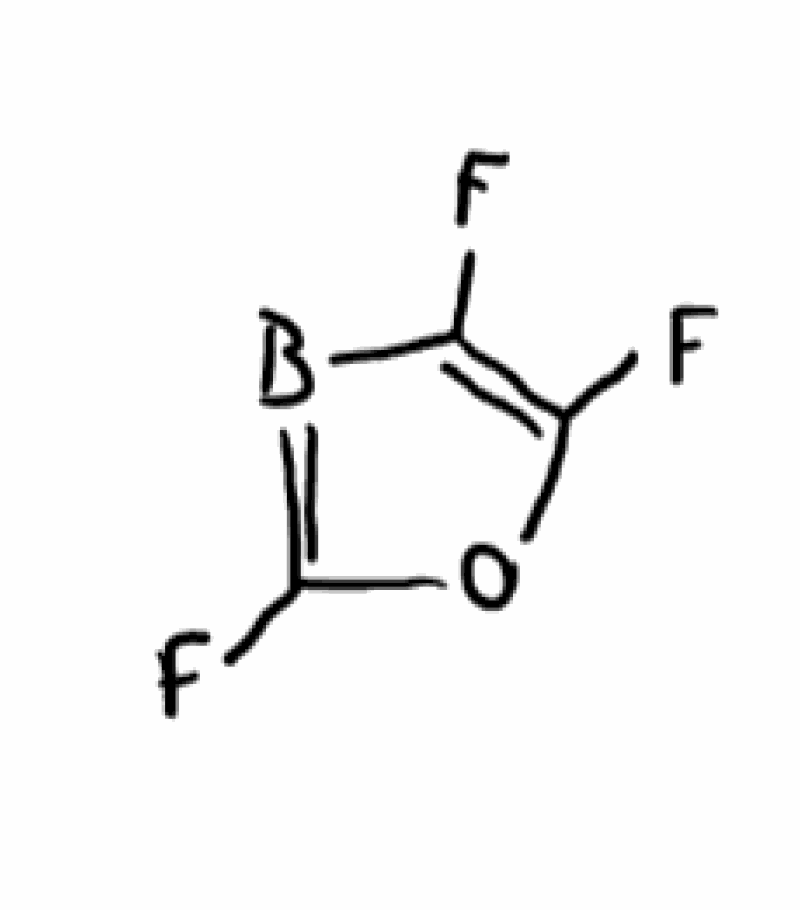
Simplified molecular-input line-entry system (SMILES) notation of the given molecule:
B1=C(OC(=C1F)F)F